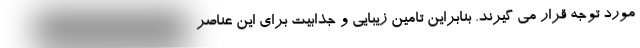
مورد توجه قرار می گیرند. بنابراین تامین زیبایی و جذابیت برای این عناصر